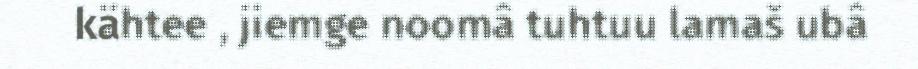
kähtee , jiemge noomâ tuhtuu lamaš ubâ